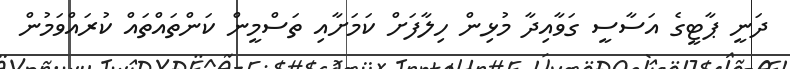
ދަނީ ޕާޓީގެ އަސާސީ ގަވާއިދާ މުޅިން ހިލާފަށް ކަމަށާއި ތަސްމީން ކަންތައްތައް ކުރައްވަމުން